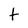
Character: t